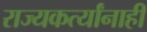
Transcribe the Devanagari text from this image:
राज्यकर्त्यांनाही